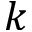
k